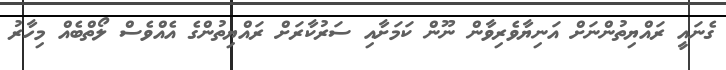
ގެނައީ ރައްޔިތުންނަށް އަނިޔާވެރިވާން ނޫން ކަމަށާއި ސަރުކާރަށް ރައްޔިތުންގެ އެއްވެސް ލޯތްބެއް މިހާރު